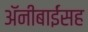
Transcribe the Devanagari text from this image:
अॅनीबाईंसह